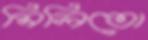
মিলিতো